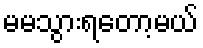
မမသွားရတော့မယ်